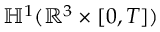
\mathbb { H } ^ { 1 } ( \mathbb { R } ^ { 3 } \times [ 0 , T ] )